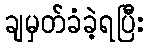
ချမှတ်ခံခဲ့ရပြီး